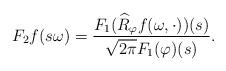
LaTeX: \begin{align*}F_2f(s\omega) = \frac{F_1(\widehat{R}_\varphi f(\omega,\cdot))(s)}{\sqrt{2\pi}F_1 (\varphi)(s)}. \end{align*}